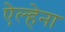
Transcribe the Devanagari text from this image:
ऐल्हेना